Annual statistical returns and brief notes on vaccination in Bengal - 1896-1909
Year: 1896
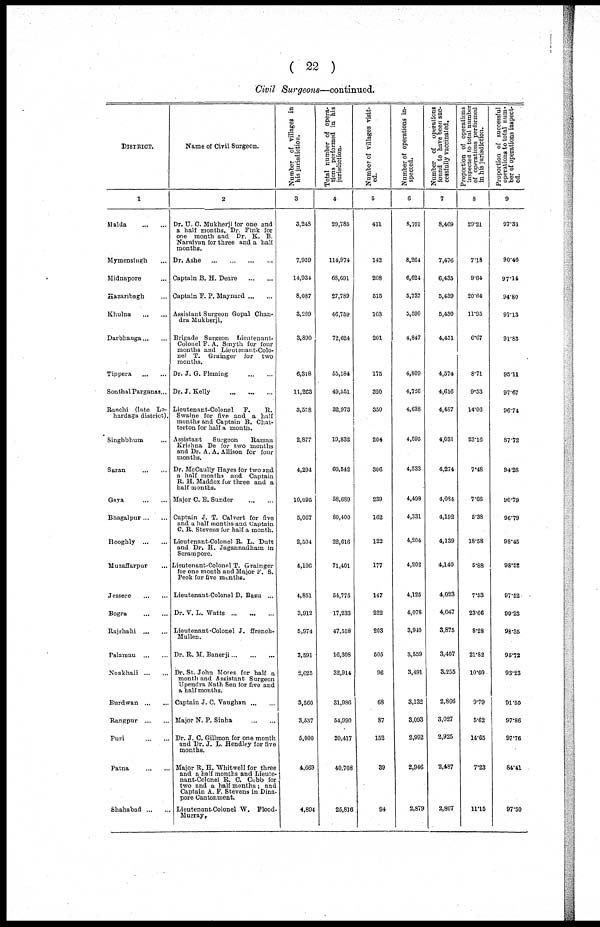
( 22 )
Civil Surgeons—continued.
DISTRICT.
1
Malda
...
...
Mymensingh ...
Midnapore ...
Hazaribagh ...
Khulna
...
...
Darbhanga ... ...
Tippera
...
...
Sonthal Parganas...
Ranchi (late Lo¬
hardaga district).
Singhbhum ...
Saran
...
...
Gaya
...
...
Bhagalpur...
...
Hooghly ... ...
Muzaffarpur ...
Jessore
...
...
Bogra
...
...
Rajshahi ... ...
Palamau ... ...
Noakhali ... ...
Burdwan ... ... ...
Rangpur ... ...
Puri
...
...
Patna
...
...
Shahabad ... ...
Name of Civil Surgeon.
2
Dr. U. C. Mukherji for one and
a half months, Dr. Fink for
one month and Dr. K. B.
Naraivan for three and a half
months.
Dr. Ashe
...
...
...
...
Captain B. H. Deare
...
...
Captain F. P. Maynard ... ...
Assistant Surgeon Gopal Chan-
dra Mukherji.
Brigade Surgeon Lieutenant¬
Colonel F. A. Smyth for four
months and Lieutenant-Colo-
nel T. Grainger for two
months.
Dr. J. G. Fleming
...
...
Dr. J. Kelly
...
...
...
Lieutenant-Colonel F.
R.
Swaine for five and a half
months and Captain B. Chat¬
terton for half a month.
Assistant
Surgeon
Raman
Krishna De for two months
and Dr. A. A. Allison for four
months.
Dr. McCaully Hayes for two and
a half months and Captain
R. H. Maddox for three and a
half months.
Major C. E. Sunder
...
...
Captain J. T. Calvert for five
and a half months and Captain
C. R. Stevens for half a month.
Lieutenant-Colonel R. L. Dutt
and Dr. H. Jagannadham in
Serampore.
Lisutenant-Colonel T. Grainger
for one month and Major F. S.
Peck for five months.
Lieutenant-Colonel D. Basu ...
Dr. V. L. Watts ... ... ...
Lieutenant-Colonel J. ffrench¬
Mullen.
Dr. R. M. Banerji ... ... ...
Dr. St. John Moses for half a
month and Assistant Surgeon
Upendra Nath Sen for five and
a half months.
Captain J. C. Vaughan ... ...
Major N. P. Sinha
...
...
Dr. J. C. Gillmon for one month
and Dr. J. L. Hendley for five
months.
Major R. H. Whitwell for three
and a half months and Lieute-
nant-Colonel R. C. Cobb for
two and a half months; and
Captain A. F. Stevens in Dina¬
pore Cantonment.
Lieutenant-Colonel W. Flood¬
Murray,
Number of villages in
his jurisdiction.
3
3,248
7,959
14,934
8,087
3,209
3,890
6,318
11,263
3,578
2,877
4,294
10,095
5,067
2,504
4,106
4,851
3,912
5,974
3,591
2,625
3,560
3,537
5,000
4,669
4,894
Total number of opera-
tions performed in his
jurisdiction.
4
29,785
114,974
68,691
27,789
46,759
72,624
55,184
49,551
32,973
19,832
60,542
58,689
80,400
22,616
71,401
54,775
17,233
47,558
16,308
32,914
31,986
64,990
20,417
40,708
25,816
Number of villages visit¬
ed.
5
411
142
208
515
103
201
175
320
350
204
306
239
162
122
177
147
222
203
505
96
68
87
152
39
94
Number of operations in-
spected.
6
8,701
8,264
6,624
5,737
5,590
4,847
4,809
4,726
4,638
4,595
4,533
4,498
4,331
4,204
4,202
4,125
4,078
3,940
3,559
3,491
3,132
3,093
2,992
2,946
2,879
Number of operations
found to have been suc-
cessfully vaccinated.
7
8,469
7,476
6,435
5,439
5,430
4,451
4,574
4,616
4,487
4,031
4,274
4,084
4,192
4,139
4,140
4,023
4,047
3,875
3,407
3,255
2,866
3,027
2,925
2.487
2,807
Proportion of operations
inspected to total number
of operations performed
in his jurisdiction.
8
29.21
7.18
9.64
20.64
11.95
6.67
8.71
9.53
14.06
23.16
7.48
7.66
5.38
18.58
5.88
7.63
23.66
8.28
21.82
10.60
9.79
5.62
14.65
7.23
11.15
Proportion of successful
operations to total num-
ber of operations inspect-
ed.
9
97.33
90.46
97.14
94.80
97.13
91.83
95.11
97.67
96.74
87.72
94.28
90.79
96.79
98.45
98.52
97.52
99.23
98.35
96.72
93.23
91.50
97.86
97.76
84.41
97.50